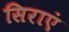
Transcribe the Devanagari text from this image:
सिराएं